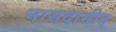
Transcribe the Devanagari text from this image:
नासदासीत्